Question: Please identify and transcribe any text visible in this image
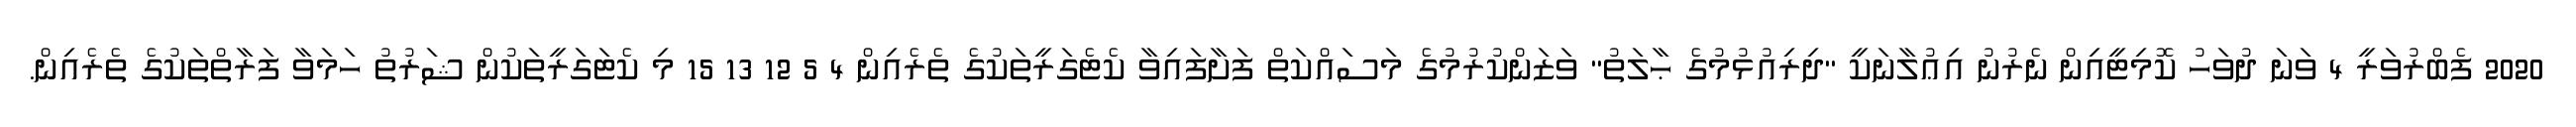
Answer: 2020 ފެބްރުވަރީ 4 ވަނަ ދުވަހު ކޮމިޓީއިން ނެރުނު އިޢުލާނަކީ "ދިރިއުޅުމުގެ ޙާލަތު" ވަޒަންކުރުމުގެ މަސައްކަތް ފަށާފައިވާ ކެޓެގަރީތަކުގެ ތެރެއިން 4 5 12 13 15 މި ކެޓަގަރީތަކުން ޝަރުތު ހަމަވާ ފަރާތްތަކުގެ ތެރެއިން.